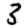
Digit: 3